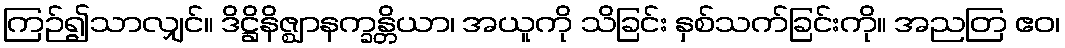
ကြဉ်၍သာလျှင်။ ဒိဋ္ဌိနိဇ္ဈာနက္ခန္တိယာ၊ အယူကို သိခြင်း နှစ်သက်ခြင်းကို။ အညတြ ဧဝ၊